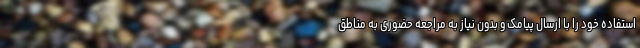
استفاده خود را با ارسال پیامک و بدون نیاز به مراجعه حضوری به مناطق